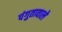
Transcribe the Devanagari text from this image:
पंगुतावाले